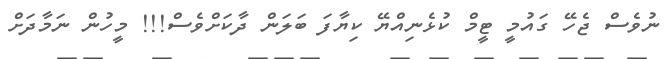
ނުވެސް ޖެހޭ ގައުމީ ޓީމް ކުޅެނިއްޔޭ ކިޔާފަ ބަލަން ދާކަށްވެސް!!! މީހުން ނަމާދަށް